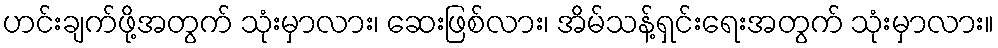
ဟင်းချက်ဖို့အတွက် သုံးမှာလား၊ ဆေးဖြစ်လား၊ အိမ်သန့်ရှင်းရေးအတွက် သုံးမှာလား။